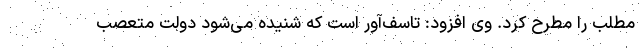
مطلب را مطرح کرد. وی افزود: تاسف‌آور است که شنیده می‌شود دولت متعصب